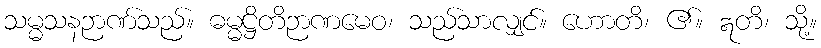
သမ္မသနဉာဏ်သည်။ ဓမ္မဋ္ဌိတိဉာဏမေဝ၊ သည်သာလျှင်။ ဟောတိ၊ ၏။ ဣတိ၊ သို့။